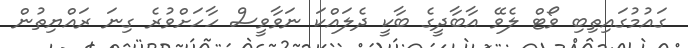
ގައުމުގައިތިބި ވޯޓް ލެވޭ އާބާދީގެ ބާކީ ދެލައްކަ ނަވާވީސް ހާހަށްވުރެ ގިނަ ރައްޔިތުން